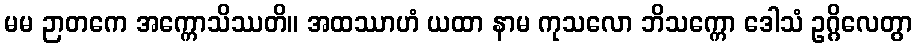
မမ ဉာတကေ အက္ကောသိဿတိ။ အထဿာဟံ ယထာ နာမ ကုသလော ဘိသက္ကော ဒေါသံ ဥဂ္ဂိလေတွာ